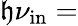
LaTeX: \mathfrak{h}\nu_{\mathrm{{in}}}=